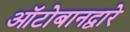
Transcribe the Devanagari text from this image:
ऑटोबानद्वारे